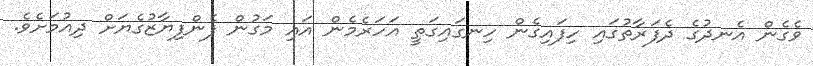
ވެގެން އެނދުގެ ދެފަރާތުގައި ހިފައިގެން ހިނގައިގަތީ އަހަރެމެން އައި މަގުން ފެންފިޔާޒުގެޔަށް ދިއުމަށެވެ.